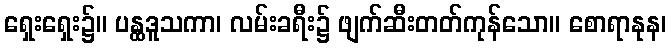
ရှေးရှေး၌။ ပန္ထဒူသကာ၊ လမ်းခရီး၌ ဖျက်ဆီးတတ်ကုန်သော။ စောရာနုန၊